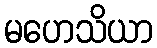
မဟေသိယာ